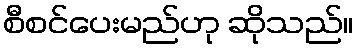
စီစင်ပေးမည်ဟု ဆိုသည်။